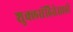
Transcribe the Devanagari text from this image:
शुक्लसंहितेसाठी